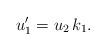
LaTeX: \begin{align*}u'_1 = u_2 \,k_1.\end{align*}